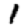
Digit: 1